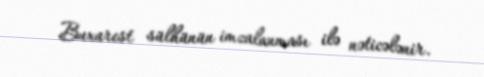
Buxarest sülhünün imzalanması ilə nəticələnir.